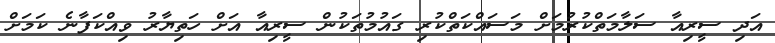
އަދި ސީރިއާ ސަލާމަތްކުރުމަށް މަސައްކަތްކުރި ގައުމުތަކުން ސީރިއާ އަށް ހަތިޔާރު ވިއްކަފާނެ ކަމަށް